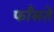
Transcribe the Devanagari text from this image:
फाँसते